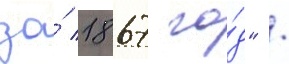
за́ 1867 го́д" /